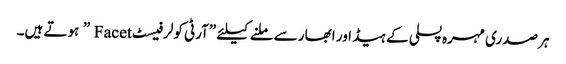
ہر صدری مہرہ پسلی کے ہیڈ اور ابھار سے ملنے کیلئے ”آرٹی کولر فیسٹ Facet ” ہوتے ہیں۔